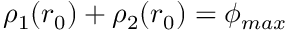
\rho _ { 1 } ( r _ { 0 } ) + \rho _ { 2 } ( r _ { 0 } ) = \phi _ { m a x }